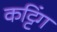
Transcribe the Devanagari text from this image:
कट्टिंग